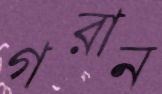
গরান